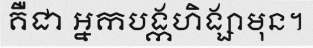
គឺជា អ្នកបង្កហិង្សាមុន។